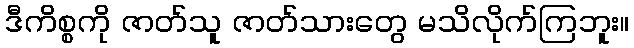
ဒီကိစ္စကို ဇာတ်သူ ဇာတ်သားတွေ မသိလိုက်ကြဘူး။